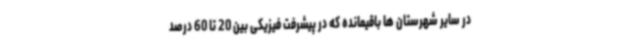
در سایر شهرستان ها باقیمانده که در پیشرفت فیزیکی بین 20 تا 60 درصد